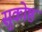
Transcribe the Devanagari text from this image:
सुकोष्ठ